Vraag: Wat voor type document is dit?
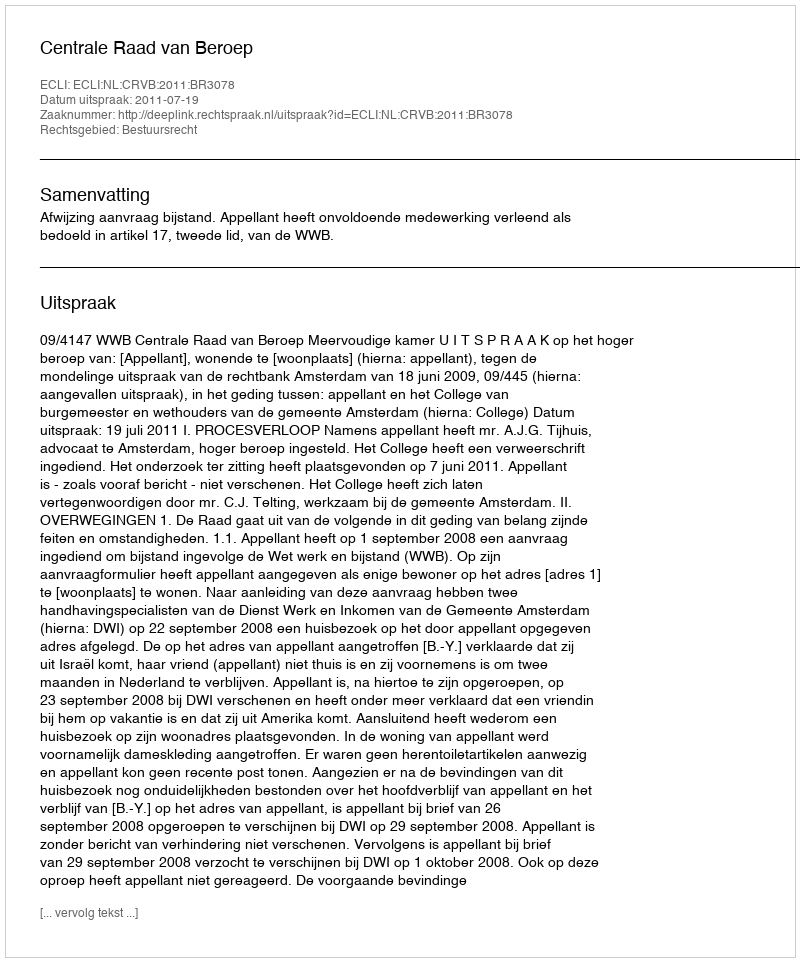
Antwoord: Uitspraak